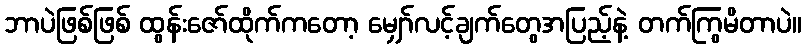
ဘာပဲဖြစ်ဖြစ် ထွန်းဇော်ထိုက်ကတော့ မျှော်လင့်ချက်တွေအပြည့်နဲ့ တက်ကြွမိတာပဲ။